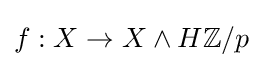
f:X\to X\wedge H\mathbb {Z} /p